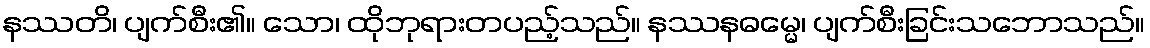
နဿတိ၊ ပျက်စီး၏။ သော၊ ထိုဘုရားတပည့်သည်။ နဿနဓမ္မေ၊ ပျက်စီးခြင်းသဘောသည်။